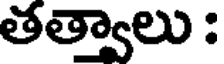
తత్వాలు :